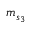
m _ { s _ { 3 } }